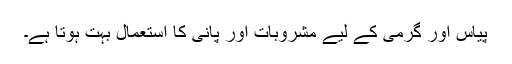
پیاس اور گرمی کے لیے مشروبات اور پانی کا استعمال بہت ہوتا ہے۔